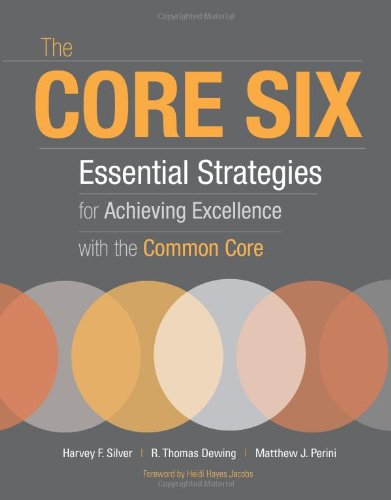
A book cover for The Core Six: Essential Strategies for Achieving Excellence with the Common Core; Matthew J. Perini; Education & Teaching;